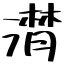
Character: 潸